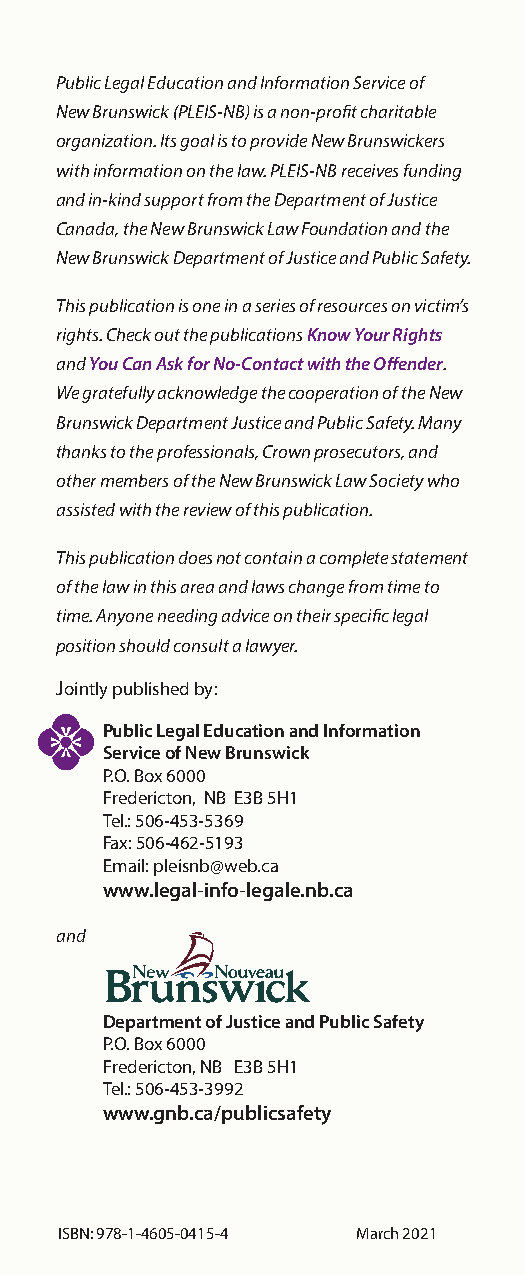
Public Legal Education and Information Service of
 New Brunswick (PLEIS-NB) is a non-profit charitable
 organization. Its goal is to provide New Brunswickers
 with information on the law. PLEIS-NB receives funding
 and in-kind support from the Department of Justice
 Canada, the New Brunswick Law Foundation and the
 New Brunswick Department of Justice and Public Safety.
 This publication is one in a series of resources on victim’s
 rights. Check out the publications Know Your Rights
 and You Can Ask for No-Contact with the Offender.
 We gratefully acknowledge the cooperation of the New
 Brunswick Department Justice and Public Safety. Many
 thanks to the professionals, Crown prosecutors, and
 other members of the New Brunswick Law Society who
 assisted with the review of this publication.
 This publication does not contain a complete statement
 of the law in this area and laws change from time to
 time. Anyone needing advice on their specific legal
 position should consult a lawyer.
 Jointly published by:
 Public Legal Education and Information
 Service of New Brunswick
 P.O. Box 6000
 Fredericton, NB E3B 5H1
 Tel.: 506-453-5369
 Fax: 506-462-5193
 Email: pleisnb@web.ca
 www.legal-info-legale.nb.ca
 and
 Department of Justice and Public Safety
 P.O. Box 6000
 Fredericton, NB E3B 5H1
 Tel.: 506-453-3992
 www.gnb.ca/publicsafety
 ISBN: 978-1-4605-0415-4 March 2021